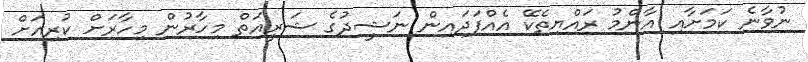
ނުވާނެ ކަމަށާއި އާންމު ރައްޔިތެކޭ އެއްފަދައިން ނަޝީދުގެ ޝަރީއަތް މިހާރުން މިހާރަށް ކުރިއަށް